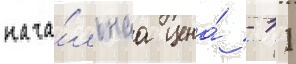
нача́льнаа цена́ - 11